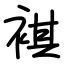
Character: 褀